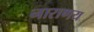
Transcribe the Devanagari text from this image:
नाराणय